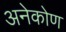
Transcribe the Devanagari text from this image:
अनेकोण